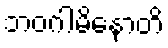
ဘဝဂါမိနောတိ